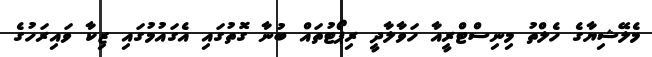
މެލޭޝިޔާގެ ހެލްތު މިނިސްޓްރީއާ ހަވާލާދީ ރިޕޯޓުތައް ބުނާ ގޮތުގައި އެގައުމުގައި ޒިކާ ވައިރަހުގެ